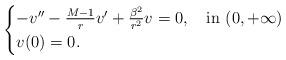
LaTeX: \begin{align*}\begin{cases}-v''-\frac{M-1}r v'+\frac{\beta^2}{r^2}v=0, \quad\hbox{in }(0,+\infty)\\v(0)=0.\end{cases}\end{align*}